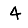
Digit: 4